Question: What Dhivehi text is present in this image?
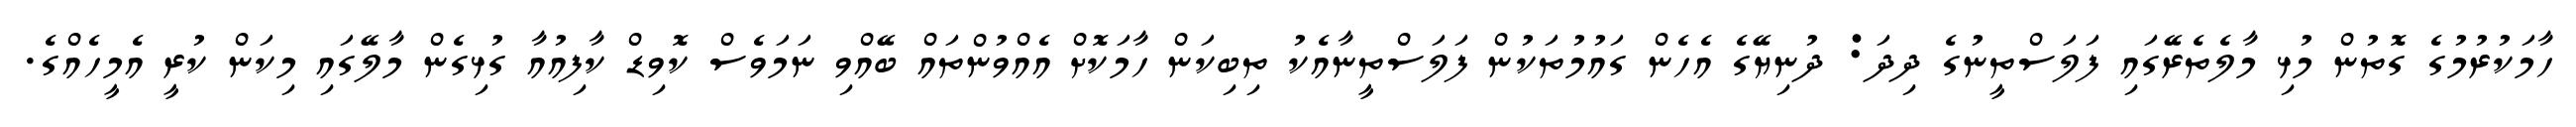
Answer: ހާމަކުރުމުގެ ގޮތުން މުޅި މާލެތެރޭގައި ފަލަސްތީނުގެ ދިދަ: ދުނިޔޭގެ އެހެން ގައުމުތަކުން ފަލަސްތީނާއެކު ތިބިކަން ހާމަކޮށް އެއްވުންތައް ބޭއްވި ނަމަވެސް ކޮވިޑް ކާފިއުއާ ގުޅިގެން މާލޭގައި މިކަން ކުރީ އެމީހެއްގެ.